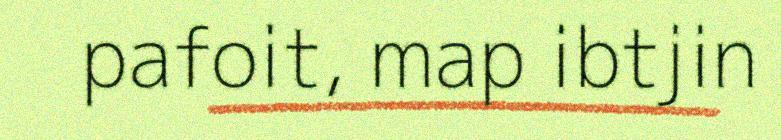
pafoit, map ibtjin